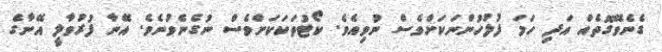
ގެނެވޭގޮތެއް އަދި ހަމަ ފުލުހުންނަކަށްވެސް ނުވިއެެވެ. ކޯޓުތަކަކަށްވެސް ނުގެނެވުނެވެ. އޭނާ ފުރުވާލީ އޭނާގެ